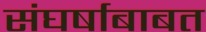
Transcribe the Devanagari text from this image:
संघर्षाबाबत